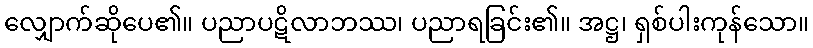
လျှောက်ဆိုပေ၏။ ပညာပဋိလာဘဿ၊ ပညာရခြင်း၏။ အဋ္ဌ၊ ရှစ်ပါးကုန်သော။